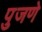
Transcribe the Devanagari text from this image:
पुजणे